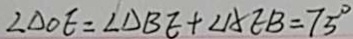
\angle \Delta O E = \angle \Delta B E + \angle A E B = 7 5 ^ { \circ }